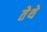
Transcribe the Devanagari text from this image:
तेेथे